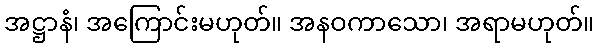
အဋ္ဌာနံ၊ အကြောင်းမဟုတ်။ အနဝကာသော၊ အရာမဟုတ်။